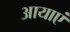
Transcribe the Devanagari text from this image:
आयाएं